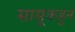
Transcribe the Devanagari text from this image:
सासूकडून